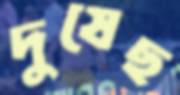
দুষেছ